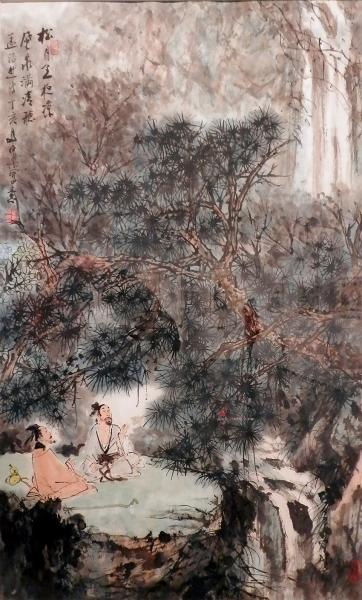
松月生夜凉，风泉满清听。